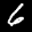
Label: 6